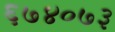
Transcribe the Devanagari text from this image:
६७४०७३